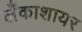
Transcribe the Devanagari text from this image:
लँकाशायर